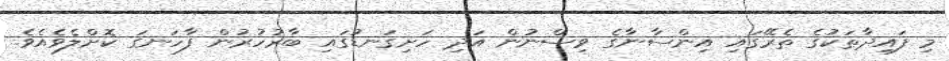
މި ފައިދާތަކުގެ ތެރޭގައި އިންސާނާގެ ވިސްނުން އަދި ހަށިގަނޑުގައި ބާރުހުރުން ފާހަނގަ ކޮށްލެވެއެވެ.